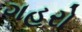
ગહરો